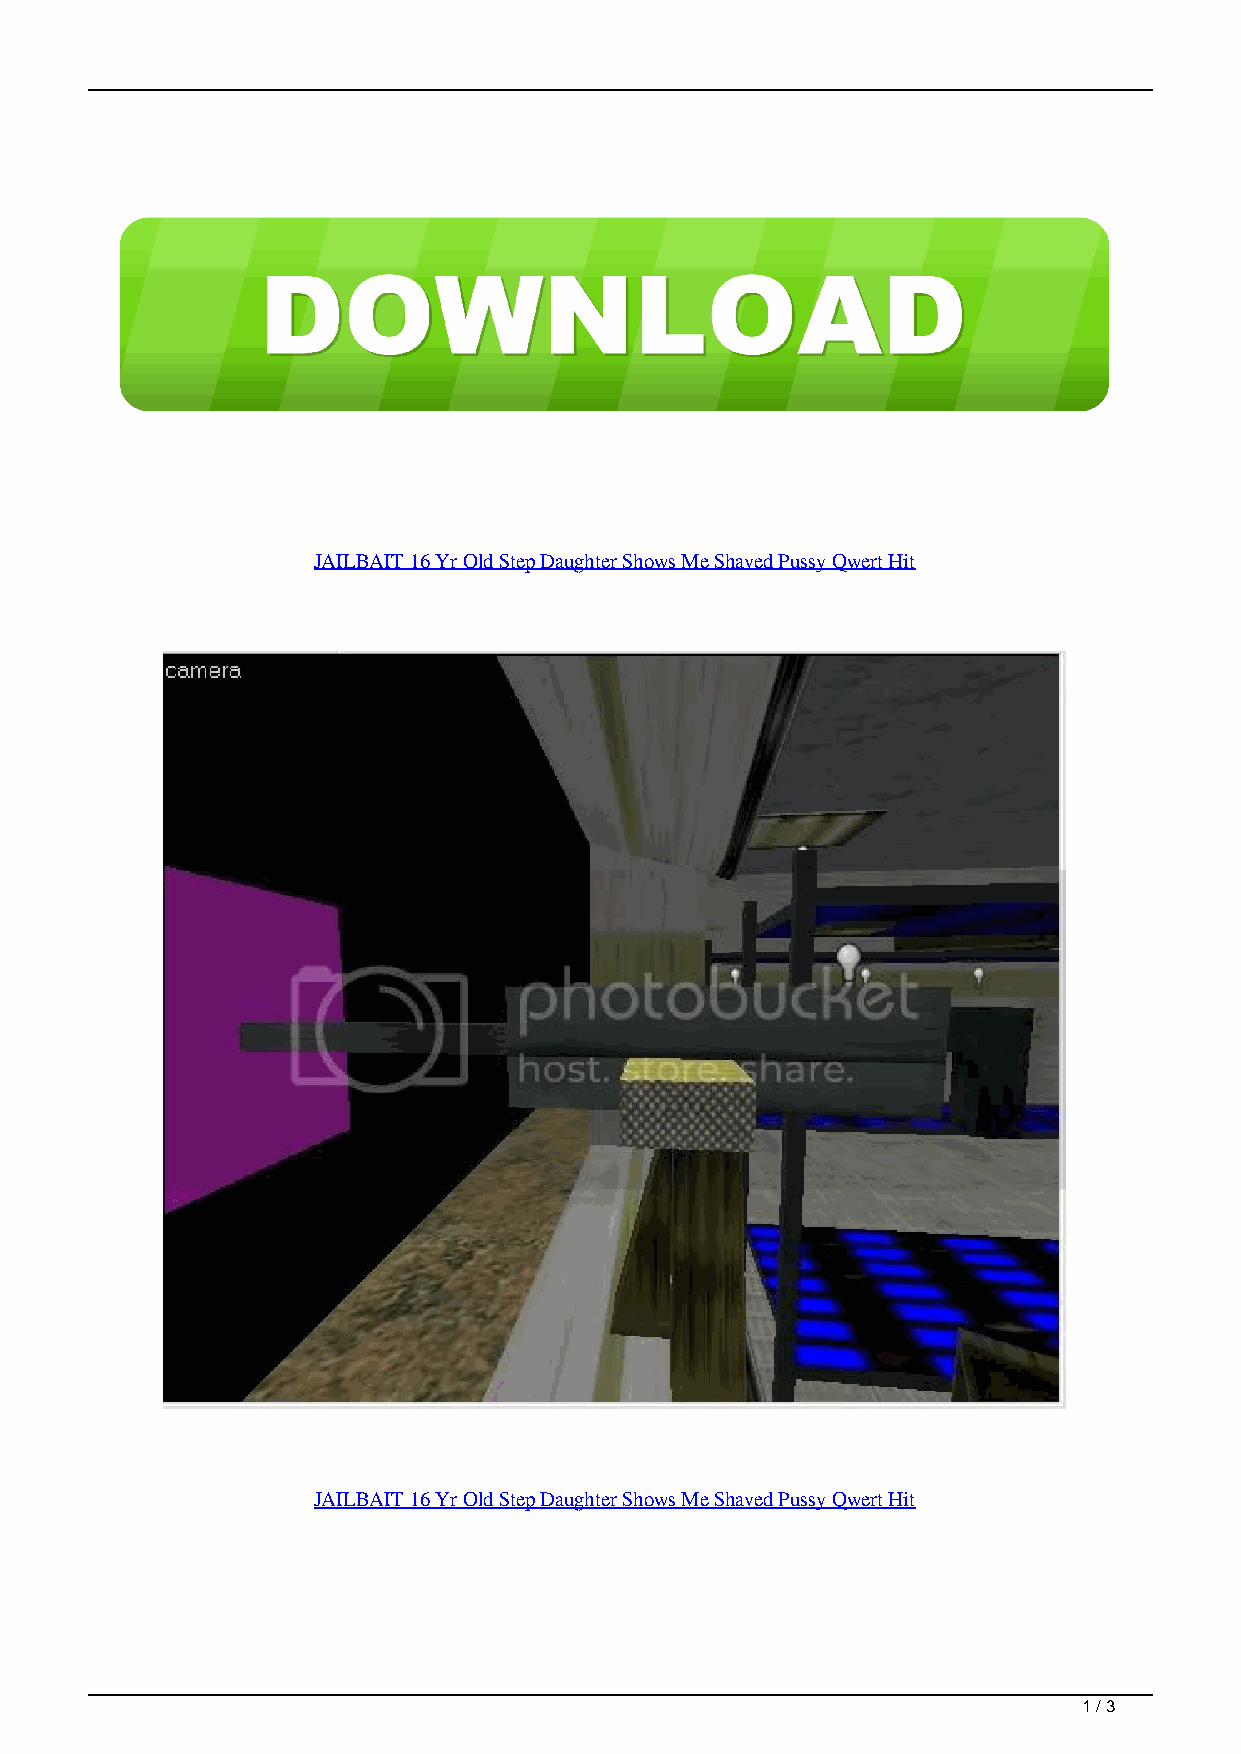
JAILBAIT 16 Yr Old Step Daughter Shows Me Shaved Pussy Qwert Hit
 JAILBAIT 16 Yr Old Step Daughter Shows Me Shaved Pussy Qwert Hit
 1 / 3